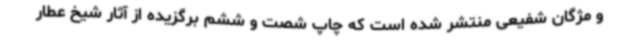
و مژگان شفیعی منتشر شده است که چاپ شصت و ششم برگزیده از آثار شیخ عطار